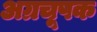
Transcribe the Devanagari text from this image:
अग्रचूषक